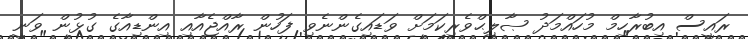
ރައީސް އިބުރާހިމް މުހައްމަދު ޞާލިޙްވެރިކަމަށް ވަޑައިގެންނެވި ފަހުން ރާއްޖެއާއި އިންޑިއާގެ ގުޅުން ވަނީ